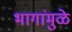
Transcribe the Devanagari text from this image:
भागांमुळे